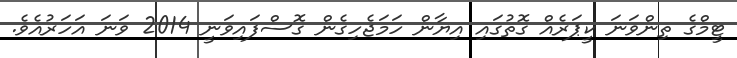
ޓީމްގެ ތިންވަނަ ކީޕަރެއް ގޮތުގައި އިޔާން ހަމަޖެހިގެން ގޮސްފައިވަނީ 2014 ވަނަ އަހަރުއެވެ.